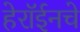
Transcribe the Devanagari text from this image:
हेरॉईनचे